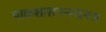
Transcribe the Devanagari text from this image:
पाकशासननन्दनः॥